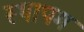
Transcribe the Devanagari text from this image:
स्थापम